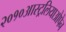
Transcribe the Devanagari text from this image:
२०१०आस्ट्रलियाओपेन